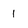
Character: 1